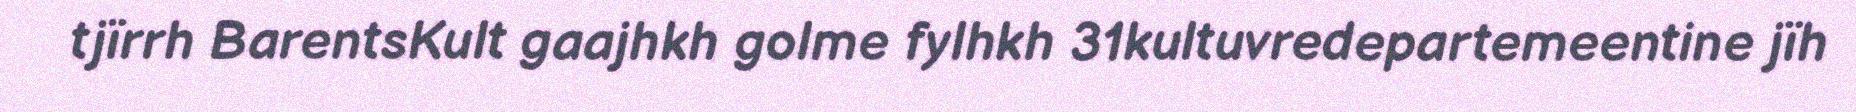
tjïrrh BarentsKult gaajhkh golme fylhkh 31kultuvredepartemeentine jïh